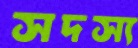
সদস্য